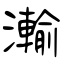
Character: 瀭